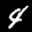
Label: 4